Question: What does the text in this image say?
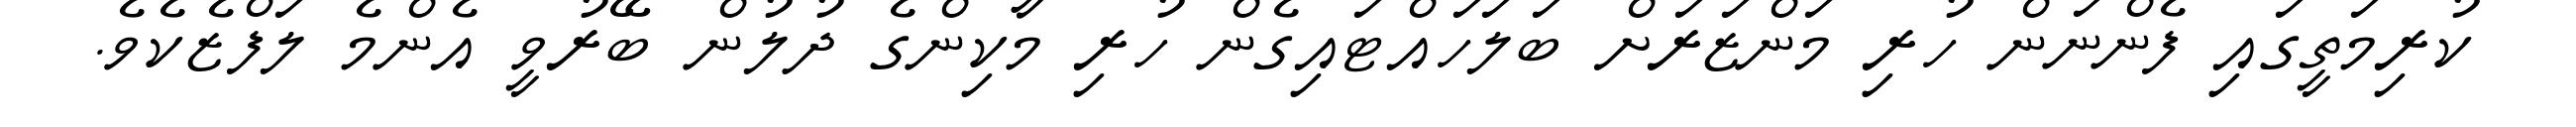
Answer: ކުރިމަތީގައި ފެންނަން ހުރި މަންޒަރަށް ބަލަހައްޓައިގެން ހުރި މާކިންގެ ދުލުން ބޭރުވީ އެންމެ ލަފްޒެކެވެ.